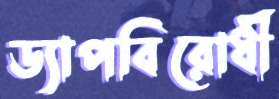
ড্যাপবিরোধী